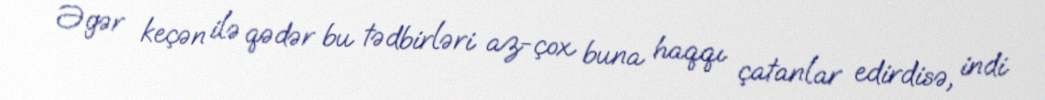
Əgər keçən ilə qədər bu tədbirləri az-çox buna haqqı çatanlar edirdisə, indi